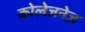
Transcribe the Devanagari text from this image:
कोलेजनेज़